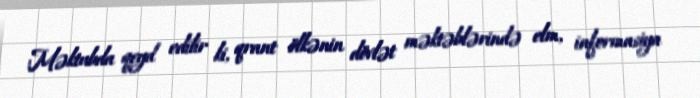
Məktubda qeyd edilir ki, qrant ölkənin dövlət məktəblərində elm, informasiya